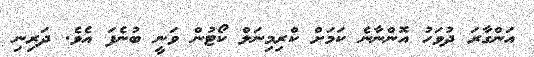
އަންގާރަ ދުވަހު އޮންނާނެ ކަމަށް ކްރިމިނަލް ކޯޓުން ވަނީ ބުނެފަ އެވެ. ދަރިނި